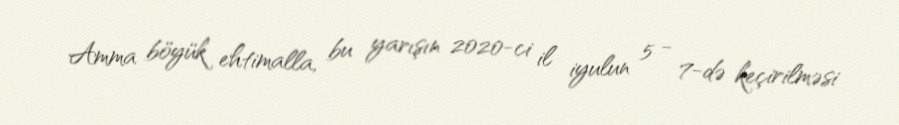
Amma böyük ehtimalla, bu yarışın 2020-ci il iyulun 5 - 7-də keçirilməsi